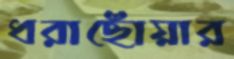
ধরাছোঁয়ার